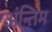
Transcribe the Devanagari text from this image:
अंन्तिम